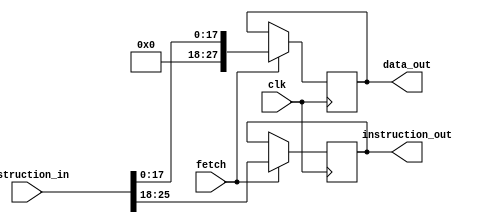
`timescale 1ns / 1ps
//////////////////////////////////////////////////////////////////////////////////
// Company: 
// Engineer: 
// 
// Design Name: 
// Module Name: MBRU
// Project Name: 
// Target Devices: 
// Tool Versions: 
// Description: 
// 
// Dependencies: 
// 
// Revision:
// Revision 0.01 - File Created
// Additional Comments:
// 
//////////////////////////////////////////////////////////////////////////////////


module MBRU(
    input clk,
    input fetch,
    input [25:0] instruction_in,
    output reg [7:0] instruction_out,
    output reg [27:0] data_out
    );
    
    always @(posedge clk)
        begin
        if (fetch==1)
            begin
            instruction_out<=instruction_in[25:18];
            data_out<={10'b0000000000,instruction_in[17:0]};
            end
         end 
endmodule